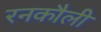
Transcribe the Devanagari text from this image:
रनकौली